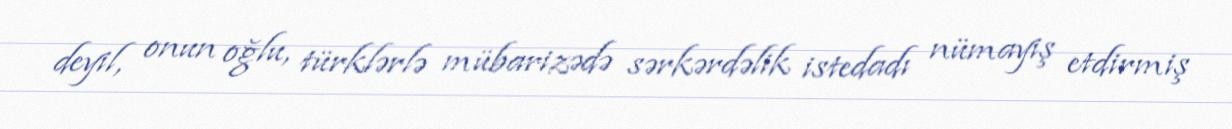
deyil, onun oğlu, türklərlə mübarizədə sərkərdəlik istedadı nümayiş etdirmiş